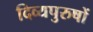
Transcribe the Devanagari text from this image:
दिव्यपुरुषों